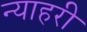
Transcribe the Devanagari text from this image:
न्याहरी